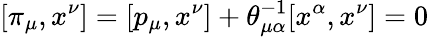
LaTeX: [\pi_{\mu},x^{\nu}]=[p_{\mu},x^{\nu}]+\theta_{\mu\alpha}^{-1}[x^{\alpha},x^{\nu}]=0